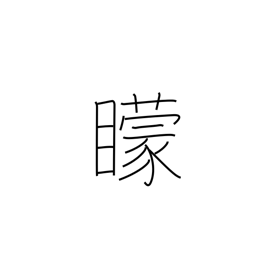
Meaning: blind